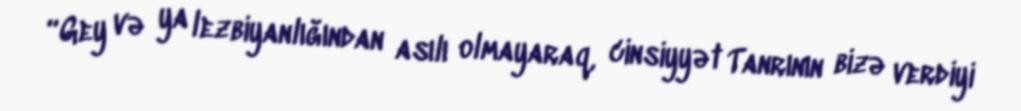
“Gey və ya lezbiyanlığından asılı olmayaraq, cinsiyyət Tanrının bizə verdiyi